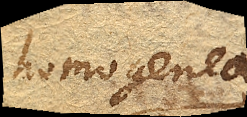
homogenea